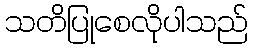
သတိပြုစေလိုပါသည်